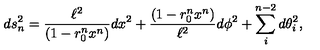
d s _ { n } ^ { 2 } = \frac { \ell ^ { 2 } } { ( 1 - r _ { 0 } ^ { n } x ^ { n } ) } d x ^ { 2 } + \frac { ( 1 - r _ { 0 } ^ { n } x ^ { n } ) } { \ell ^ { 2 } } d \phi ^ { 2 } + \sum _ { i } ^ { n - 2 } d \theta _ { i } ^ { 2 } ,